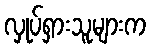
လှုပ်ရှားသူများက